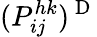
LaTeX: (P_{ij}^{hk})^{\mathrm{~D~}}